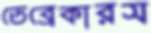
ডেব্রেকারস